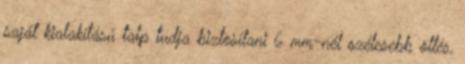
saját kialakítású talp tudja biztosítani 6 mm-nél szélesebb öltés,